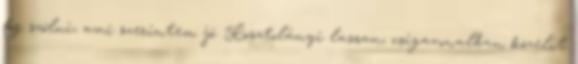
fog szólni, ami szerintem jó. Kosztolányi lassan, csigavonalban közelít